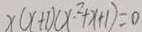
x ( x + 1 ) ( x ^ { 2 } + x + 1 ) = 0